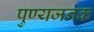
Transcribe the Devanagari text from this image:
पुण्यजनक